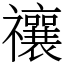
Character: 禳